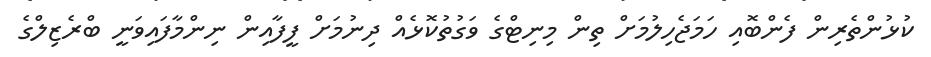
ކުޅުންތެރިން ފެންބޮއި ހަމަޖެހިލުމަށް ތިން މިނިޓްގެ ވަގުތުކޮޅެއް ދިނުމަށް ފީފާއިން ނިންމާފައިވަނީ ބްރެޒިލްގެ